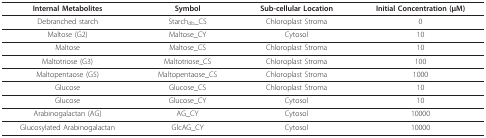
| Internal Metabolites | Symbol | Sub-cellular Location | Initial Concentration (μM) |
 | --- | --- | --- | --- |
 | Debranched starch | Starchdb_CS | Chloroplast Stroma | 0 |
 | Maltose (G2) | Maltose_CY | Cytosol | 10 |
 | Maltose | Maltose_CS | Chloroplast Stroma | 10 |
 | Maltotriose (G3) | Maltotriose_CS | Chloroplast Stroma | 100 |
 | Maltopentaose (G5) | Maltopentaose_CS | Chloroplast Stroma | 1000 |
 | Glucose | Glucose_CS | Chloroplast Stroma | 10 |
 | Glucose | Glucose_CY | Cytosol | 10 |
 | Arabinogalactan (AG) | AG_CY | Cytosol | 10000 |
 | Glucosylated Arabinogalactan | GlcAG_CY | Cytosol | 10000 |